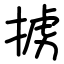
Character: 掳